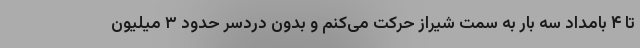
تا ۴ بامداد سه بار به سمت شیراز حرکت می‌کنم و بدون دردسر حدود ۳ میلیون